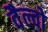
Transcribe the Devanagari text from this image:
वैल्वो